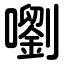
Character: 嚠